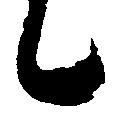
候